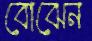
বোঝেন